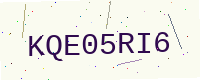
Text: KQE05RI6